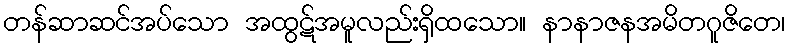
တန်ဆာဆင်အပ်သော အထွဋ်အမူလည်းရှိထသော။ နာနာဇနအမိတဂူဇိတေ၊